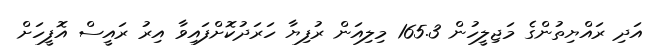
އަދި ރައްޔިތުންގެ މަޖިލީހުން 165.3 މިލިއަން ރުފިޔާ ހަރަދުކޮށްފައިވާ އިރު ރައީސް އޮފީހަށް